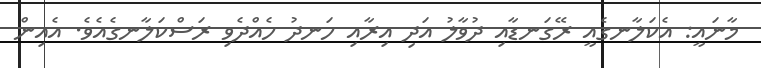
މާނައީ: އެކަލާނގެއީ ރޭގަނޑާއި ދުވާލު އަދި އިރާއި ހަނދު ހެއްދެވި ރަސްކަލާނގެއެވެ. އެއިން